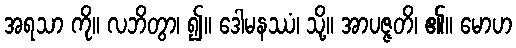
အရသာ ကို။ လဘိတွာ၊ ၍။ ဒေါမနဿံ၊ သို့။ အာပဇ္ဇတိ၊ ၏။ မောဟ